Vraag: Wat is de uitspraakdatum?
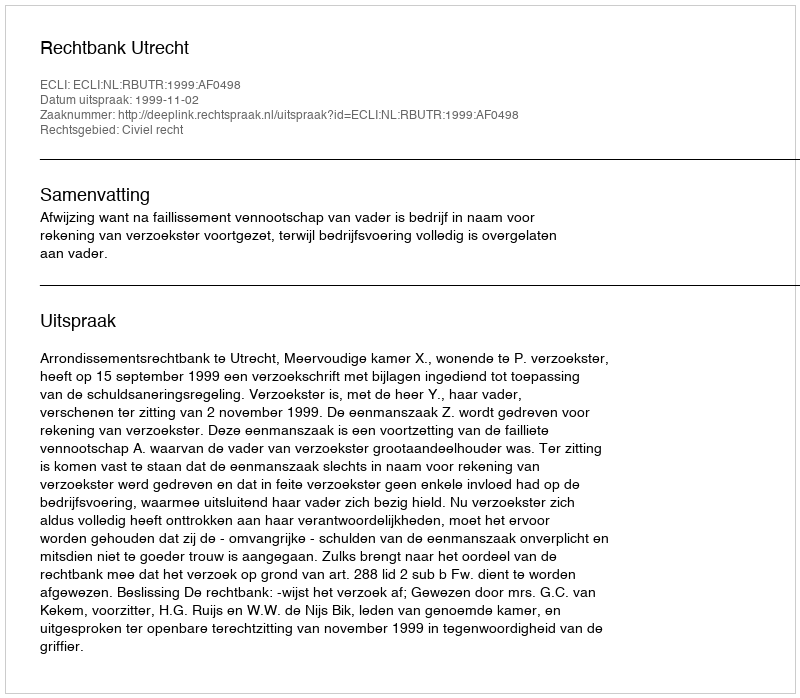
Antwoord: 1999-11-02